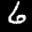
Label: 6